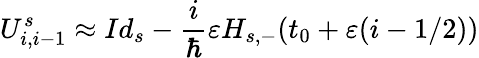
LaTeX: U_{i,i-1}^{s}\approx Id_{s}-\frac{i}{\hbar}\varepsilon H_{s,-}(t_{0}+\varepsilon(i-1/2))